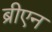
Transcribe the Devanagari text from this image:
ब्रीएन